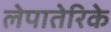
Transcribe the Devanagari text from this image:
लेपातेरिके